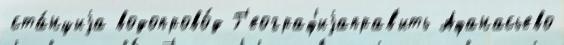
ста́нциjа водопрово́д Г'еограф'иjаправ'ить Афанасьево